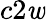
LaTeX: c2\mathit{w}